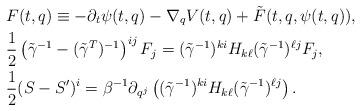
LaTeX: \begin{align*}&F(t,q)\equiv-\partial_t\psi(t,q)-\nabla_qV(t,q)+\tilde F(t,q,\psi(t,q)),\\&\frac{1}{2}\left(\tilde\gamma^{-1}-(\tilde\gamma^T)^{-1}\right)^{ij}F_j= (\tilde\gamma^{-1})^{ki}H_{k\ell}(\tilde\gamma^{-1})^{\ell j}F_j,\\&\frac{1}{2}(S-S^\prime)^i=\beta^{-1}\partial_{q^j}\left((\tilde\gamma^{-1})^{ki}H_{k\ell}(\tilde\gamma^{-1})^{\ell j}\right).\end{align*}